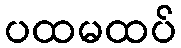
ပထမထပ်